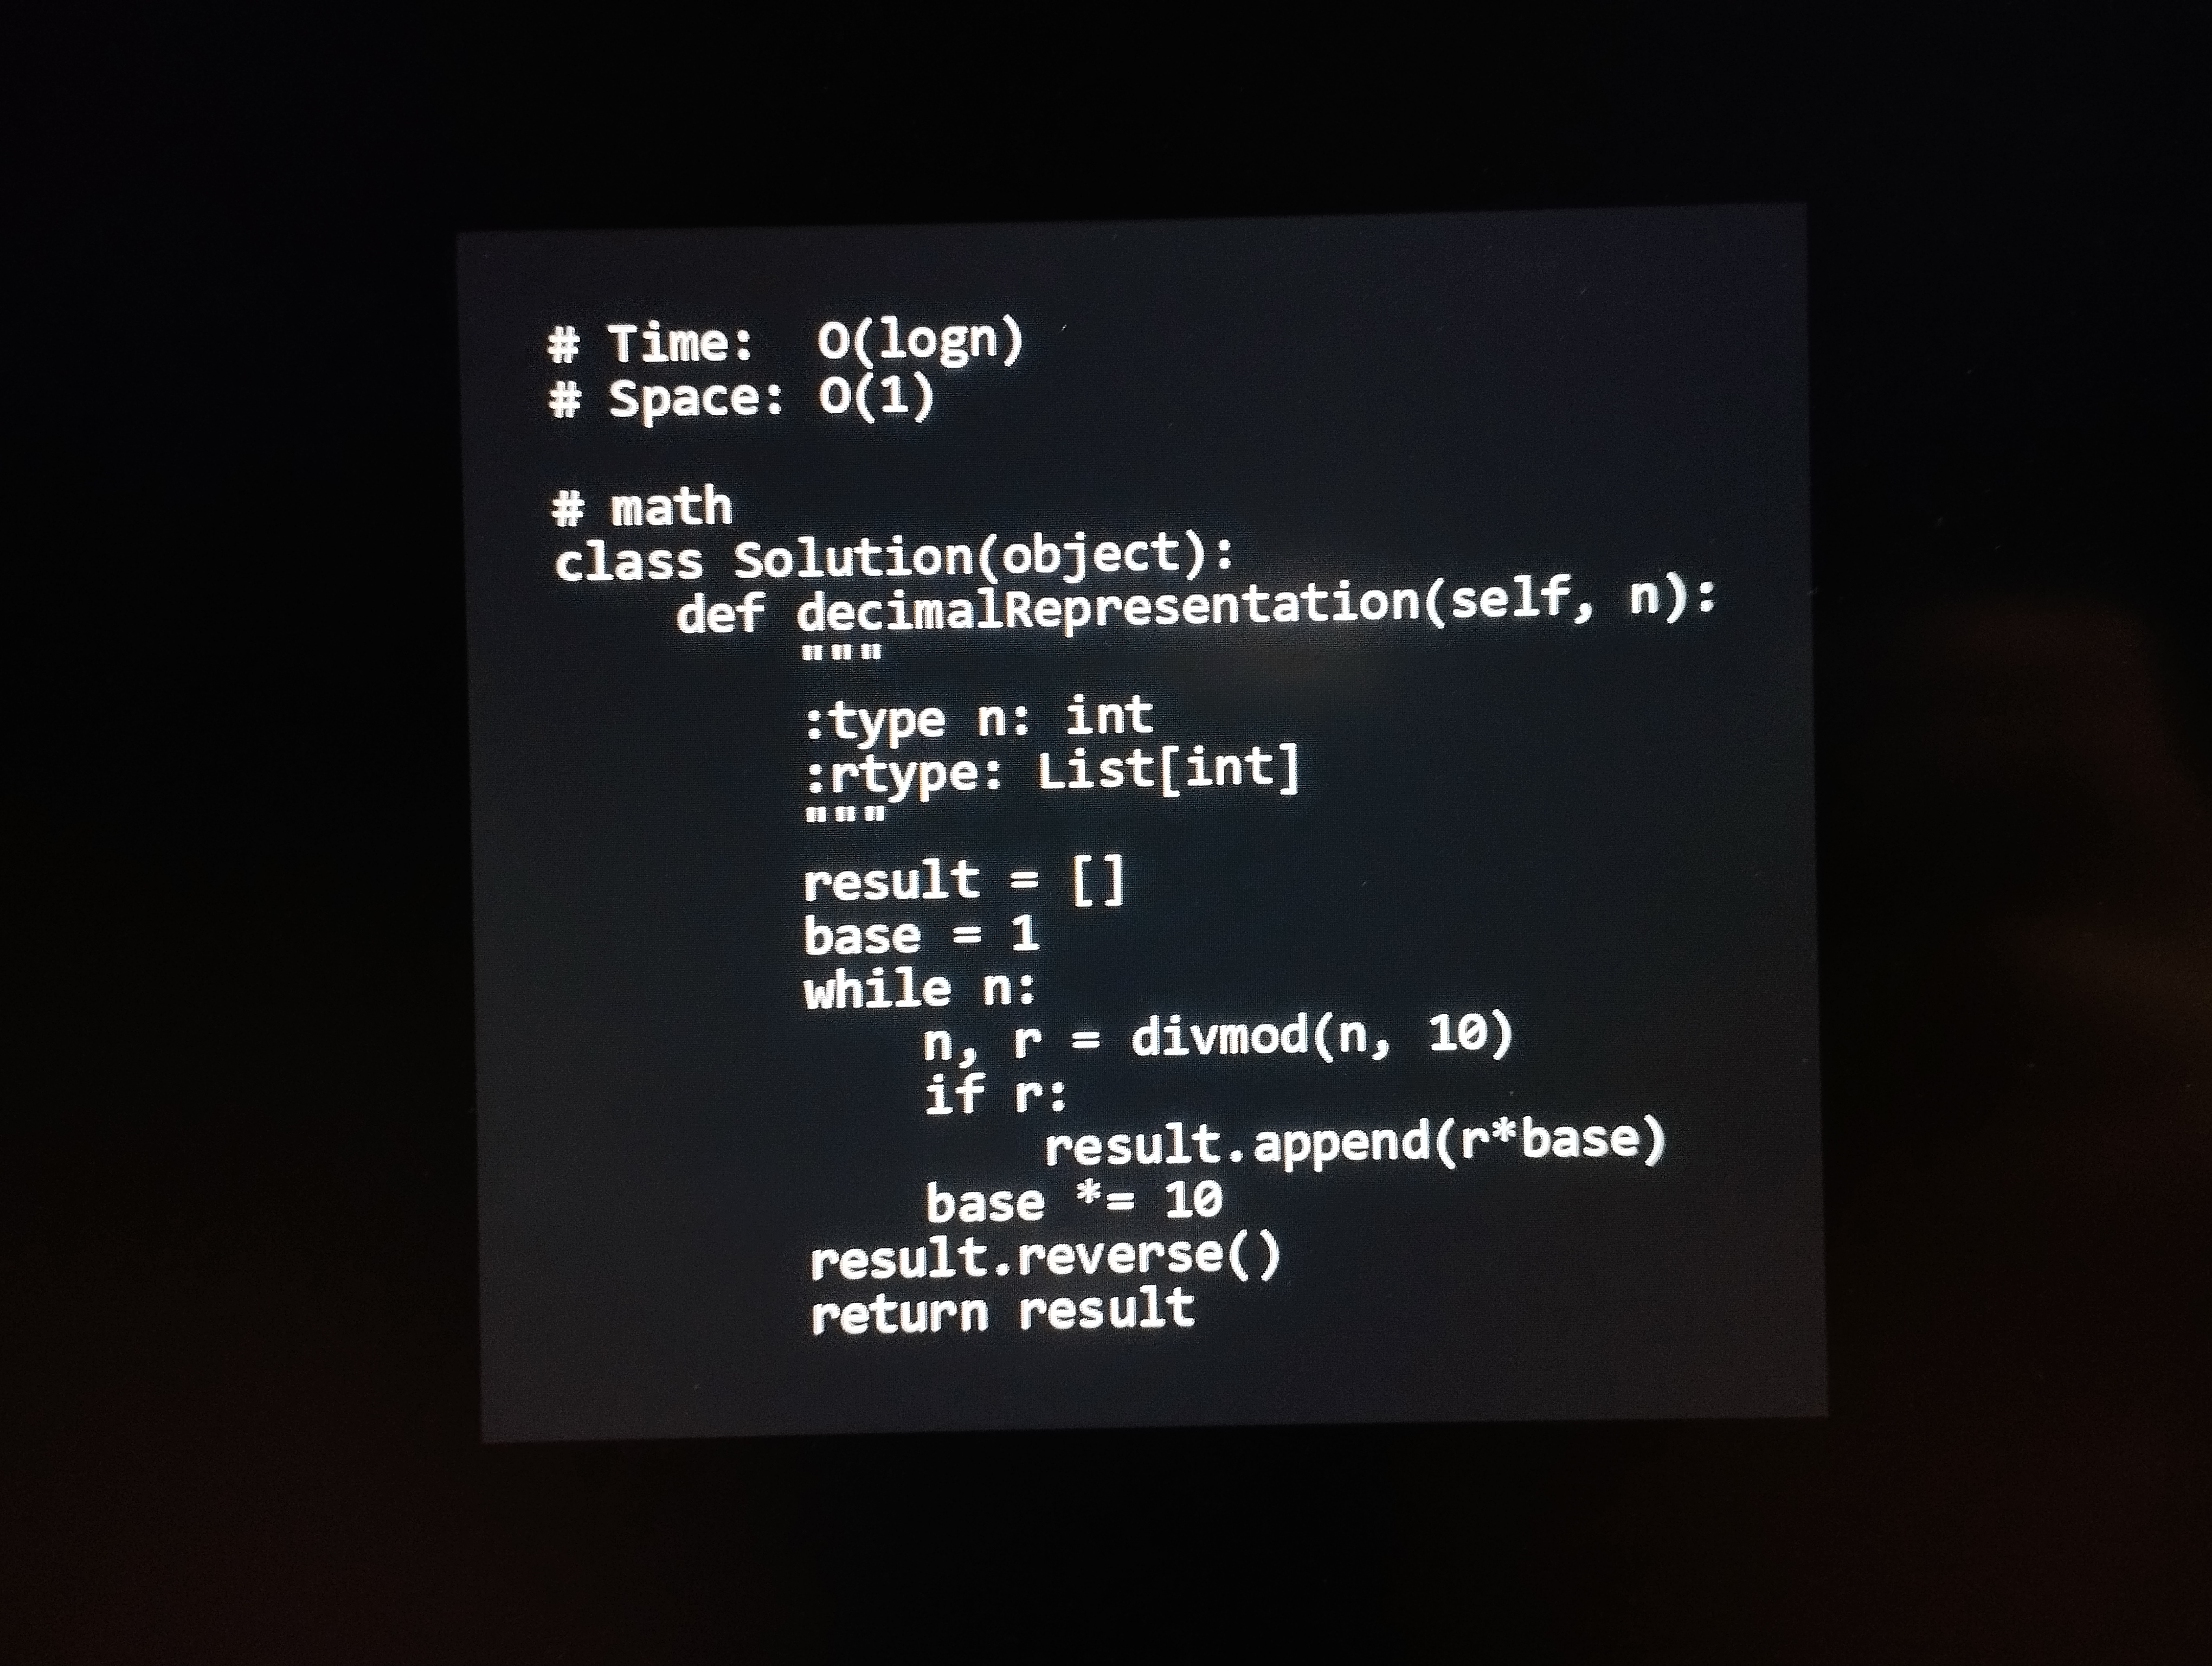
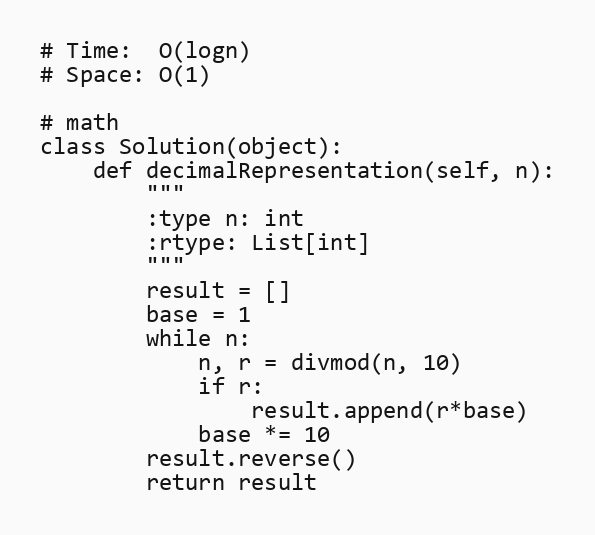
# Time:  O(logn)
# Space: O(1)

# math
class Solution(object):
    def decimalRepresentation(self, n):
        """
        :type n: int
        :rtype: List[int]
        """
        result = []
        base = 1
        while n:
            n, r = divmod(n, 10)
            if r:
                result.append(r*base)
            base *= 10
        result.reverse()
        return result